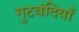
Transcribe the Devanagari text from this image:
गुटबंदियाँ